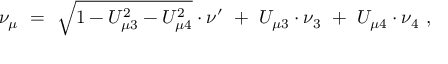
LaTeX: \nu _ { \mu } ~ = ~ \sqrt { 1 - U _ { \mu 3 } ^ { 2 } - U _ { \mu 4 } ^ { 2 } } \cdot \nu ^ { \prime } ~ + ~ U _ { \mu 3 } \cdot \nu _ { 3 } ~ + ~ U _ { \mu 4 } \cdot \nu _ { 4 } ~ ,